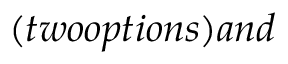
( t w o o p t i o n s ) a n d